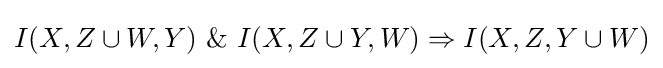
I(X,Z\cup W,Y)~\&~I(X,Z\cup Y,W)\Rightarrow I(X,Z,Y\cup W)